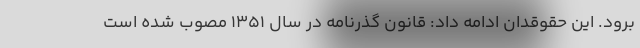
برود. این حقوقدان ادامه داد: قانون گذرنامه در سال ۱۳۵۱ مصوب شده است